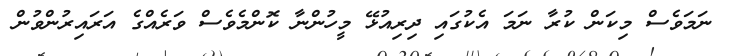
ނަމަވެސް މިކަން ކުރާ ނަމަ އެކުގައި ދިރިއުޅޭ މީހުންނާ ކޮންމެވެސް ވަރެއްގެ އަރައިރުންވުން